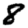
Digit: 8